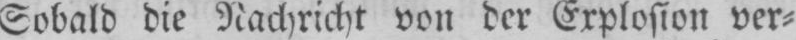
Sobald die Nachricht von der Explosion ver⸗